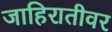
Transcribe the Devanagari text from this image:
जाहिरातीवर